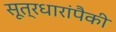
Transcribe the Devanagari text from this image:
सूत्रधारांपैकी